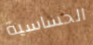
الحساسية